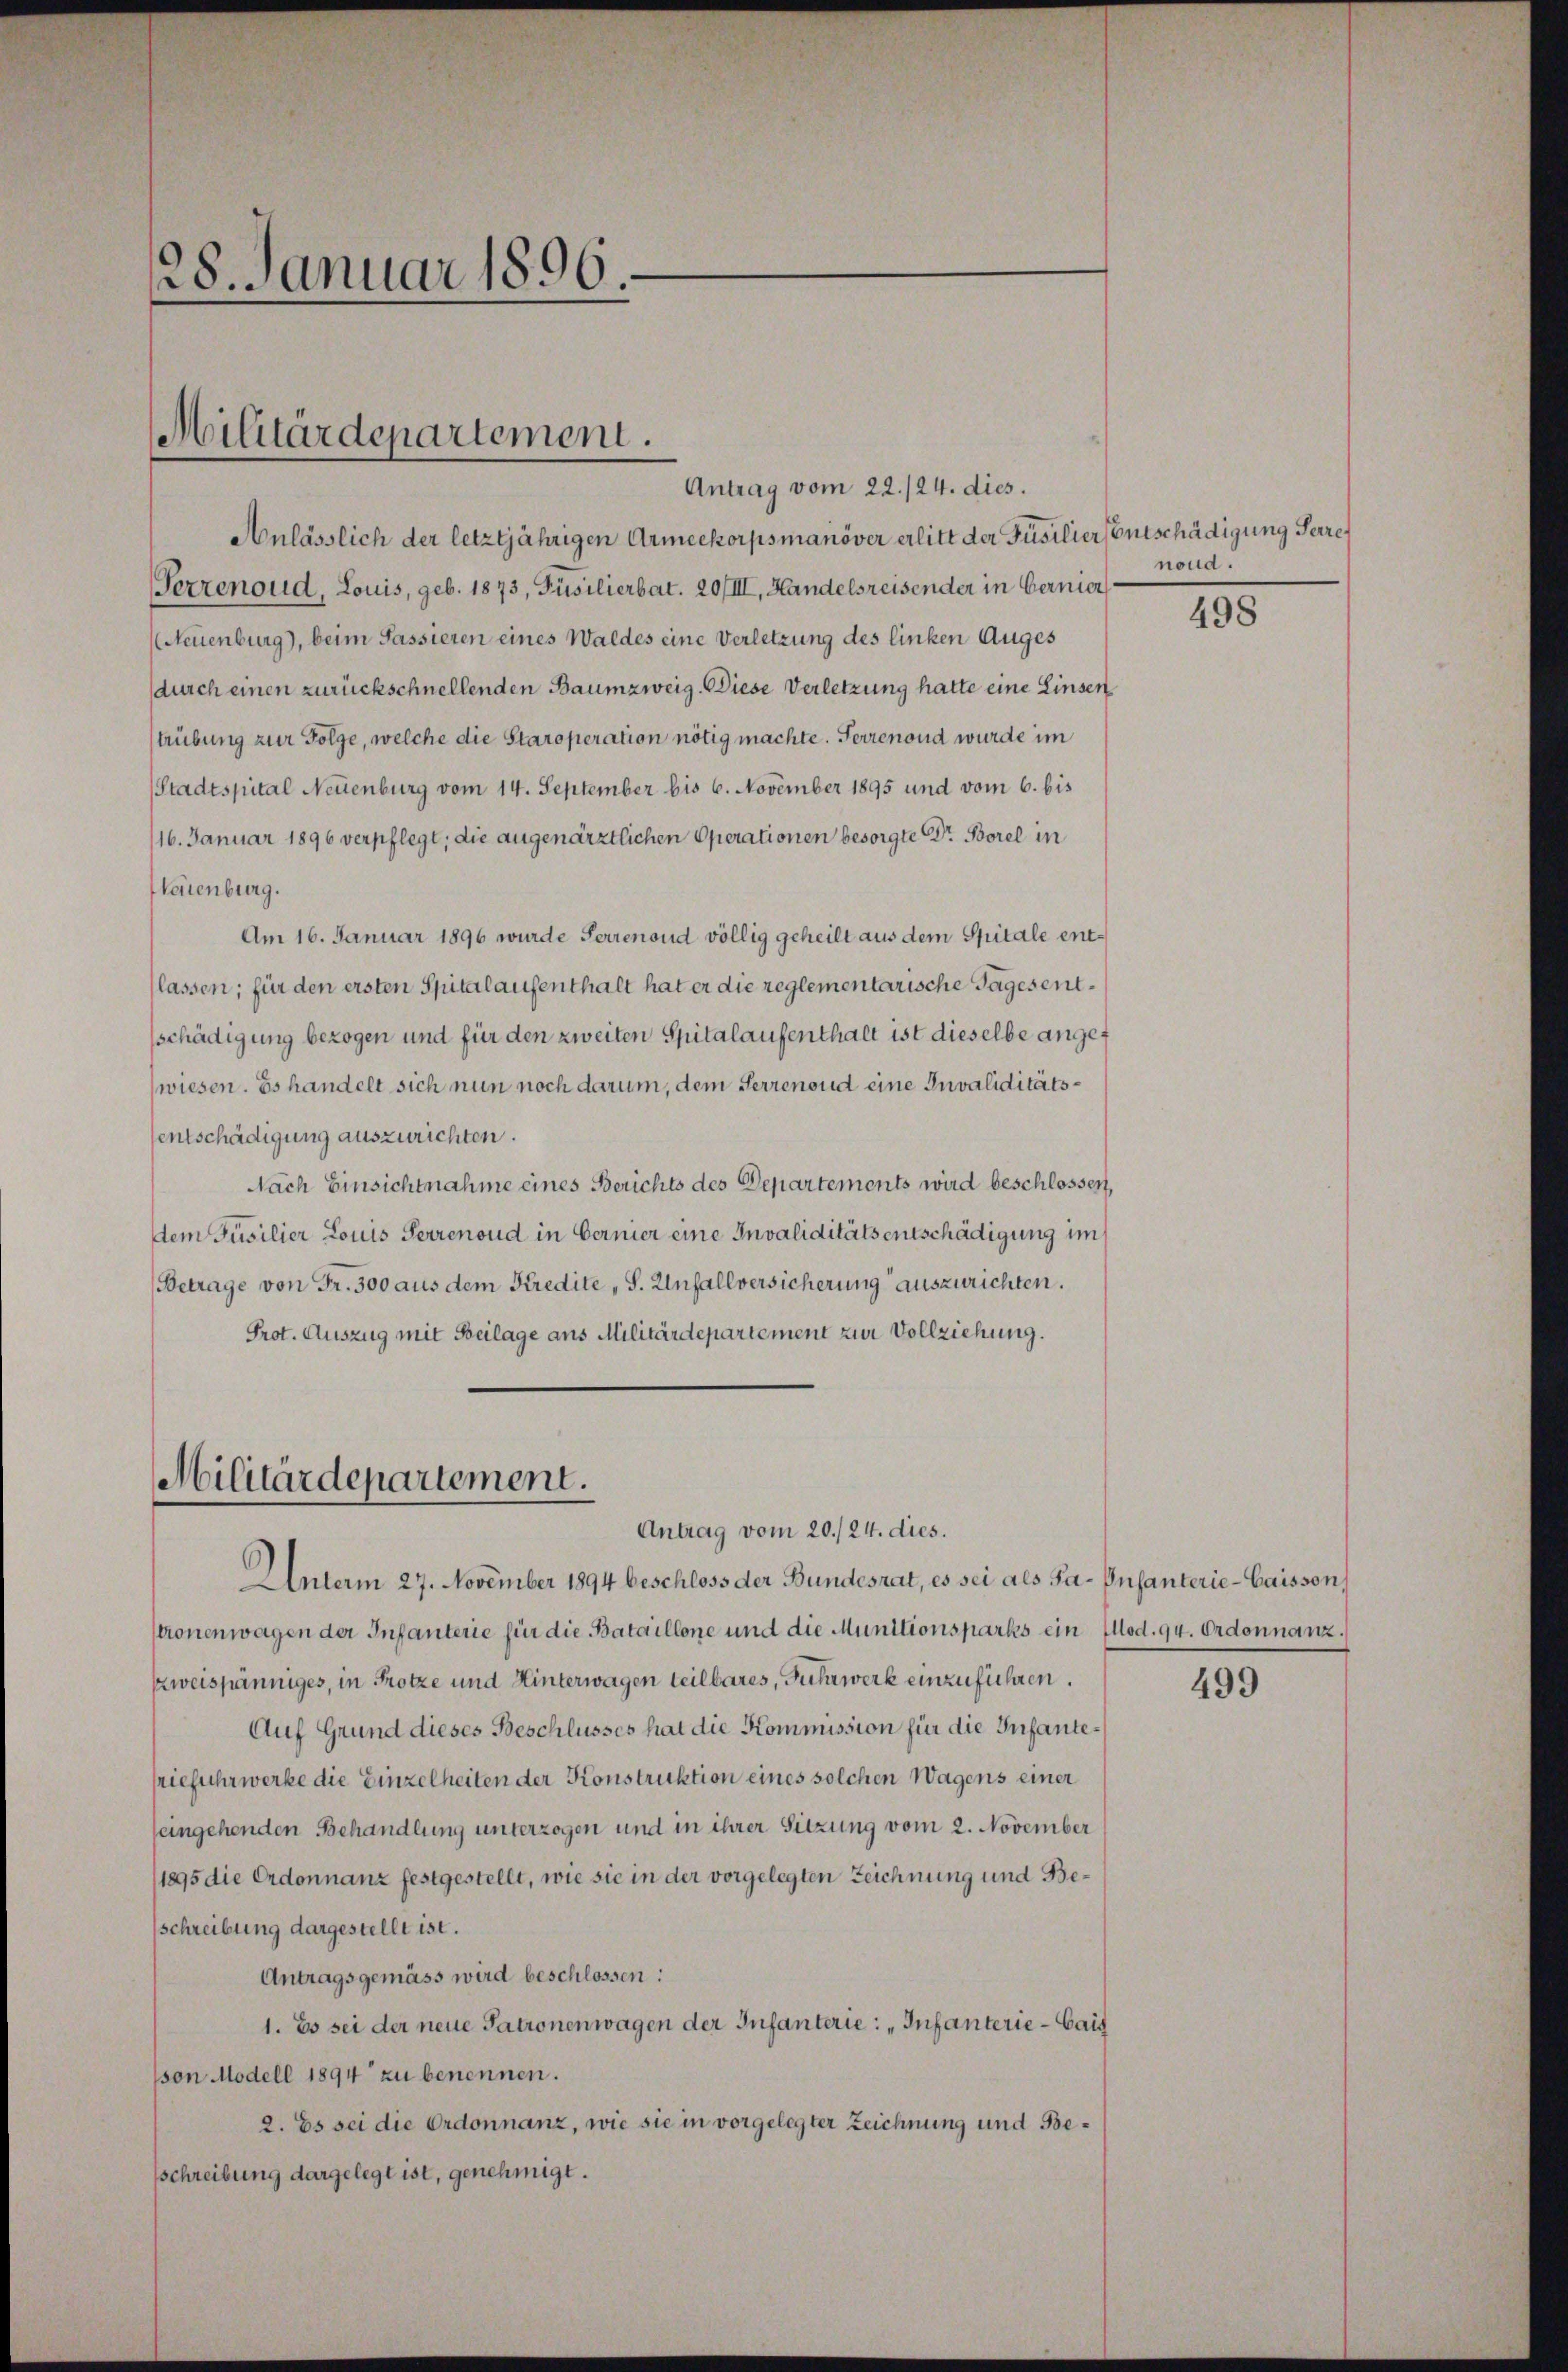
28. Januar 1896.

Militärdepartement.

Anlässlich der letztjährigen Armeekorpsmanöver erlitt der Füsilier Entschädigung Perres
Serrenoud, Louis, geb. 1873, Füsilierbat. 20/III, Handelsreisender in Bernier
(Neuenburg), beim Passieren eines Waldes eine Verletzung des linken Auges
durch einen zurückschnellenden Baumzweig. Diese Verletzung hatte eine Linsen
trübung zur Folge, welche die Staroperation nötig machte. Ferrenoud wurde im
Stadtspital Neuenburg vom 14. September bis 6. November 1895 und vom 6. bis
16. Januar 1896 verpflegt; die angenärztlichen Operationen besorgte Dr. Borel in
Maienburg.
Am 16. Januar 1896 wurde Perrenoud völlig geheilt aus dem Spitale entlassen; für den ersten Spitalaufenthalt hat er die reglementarische Tages entsschädigung bezogen und für den zweiten Spitalaufenthalt ist dieselbe angewiesen. Es handelt sich nun noch darum, dem Herrenoit eine Invaliditätssentschädigung auszurichten.
Nach Einsichtnahme eines Berichts des Departements wird beschlossen,
dem Füsilier Louis Ferrenoud in Bernier eine Invaliditätsentschädigung im
(Betrage von Fr. 300 aus dem Kredite „S. Unfallversicherung auszurichten.
Prot. Auszug mit Beilage aus Militärdepartement zur Vollziehung.

Antrag vom 22./24. dies.

Militärdepartement.
Antrag vom 20./24. dies.

Unterm 27. November 1894 beschloss der Bundesrat, es sei als Fa-Infanterie-Caisson,
stronenwagen der Infanterie für die Bataillone und die Munitionsparks ein (od. 94. Ordonnanz
weispänniges, in Trotze und Hinterwagen teilbares, Fuhrwerk einzuführen.
Auf Grund dieses Beschlusses hat die Kommission für die Infantetiefuhrwerke die Einzelheiten der Konstruktion eines solchen Wagens einer
seingehenden Behandlung unterzogen und in ihrer Sitzung vom 2. November
1895 die Ordonnanz festgestellt, wie sie in der vorgelegten Zeichnung und Beschreibung dargestellt ist.
Antragsgemäss wird beschlossen:
1. Es sei der neue Patronenwagen der Infanterie: „Infanterie - Gais
son Modell 1894 zu benennen.
2. Es sei die Ordonnanz, wie sie in vorgelegter Zeichnung und Besschreibung dargelegt ist, genehmigt.

nond.

498

499